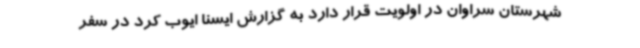
شهرستان سراوان در اولویت قرار دارد به گزارش ایسنا ایوب کرد در سفر